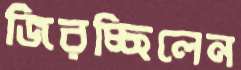
জিরচ্ছিলেন